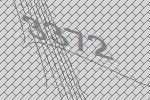
3372